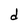
Character: d